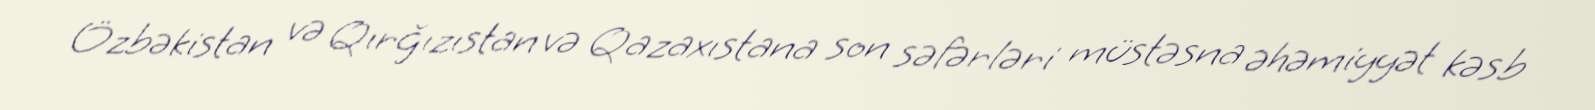
Özbəkistan və Qırğızıstan və Qazaxıstana son səfərləri müstəsna əhəmiyyət kəsb